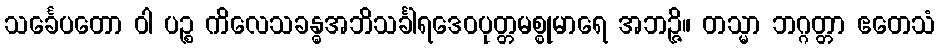
သင်္ခေပတော ဝါ ပဉ္စ ကိလေသခန္ဓအဘိသင်္ခါရဒေဝပုတ္တမစ္စုမာရေ အဘဉ္ဇိ။ တသ္မာ ဘဂ္ဂတ္တာ ဧတေသံ